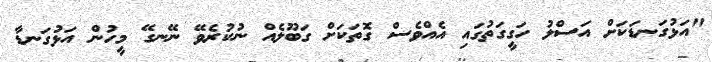
"އަޅުގަނޑަކަށް އަސްލު ހަގީގަތުގައި އެއްވެސް ގޮތަކަށް ގަބޫލެއް ނުކުރެވޭ ނޭނގޭ މީހުން އަޅުގަނޑާ